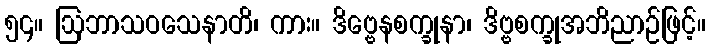
၅၄။ ဩဘာသဝသေနာတိ၊ ကား။ ဒိဗ္ဗေနစက္ခုနာ၊ ဒိဗ္ဗစက္ခုအဘိညာဉ်ဖြင့်။